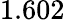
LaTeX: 1.602